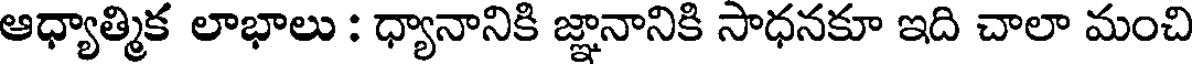
ఆధ్యాత్మిక లాభాలు : ధ్యానానికి జ్ఞానానికి సాధనకూ ఇది చాలా మంచి